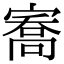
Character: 㝯